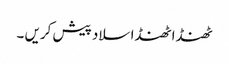
ٹھنڈا ٹھنڈا سلاد پیش کریں ۔